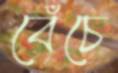
বেঁচে